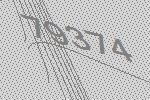
79374